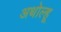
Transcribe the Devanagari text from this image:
अथोल्हू